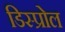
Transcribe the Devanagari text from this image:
डिस्प्रोल